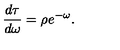
\frac { d \tau } { d \omega } = \rho e ^ { - \omega } .